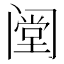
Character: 𰿺